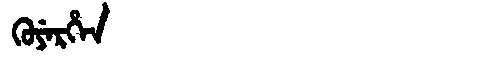
Manchu: ᡴᡠᠶᡝᡵᡥᡝᠨ
Romanization: KUYERHEN